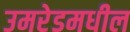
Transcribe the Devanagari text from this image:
उमरेडमधील